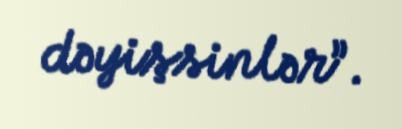
dəyişsinlər”.